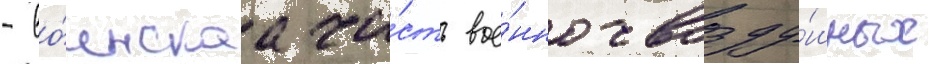
- во́инскаа ча́сть вое́нно-возду́шных